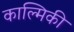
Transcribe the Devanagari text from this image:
काल्मिकी